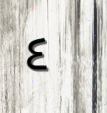
٤